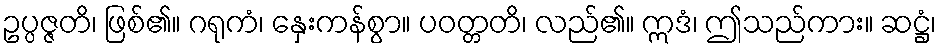
ဥပ္ပဇ္ဇတိ၊ ဖြစ်၏။ ဂရုကံ၊ နှေးကန်စွာ။ ပဝတ္တတိ၊ လည်၏။ ဣဒံ၊ ဤသည်ကား။ ဆဋ္ဌံ၊